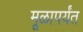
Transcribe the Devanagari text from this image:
मूळापर्यंत